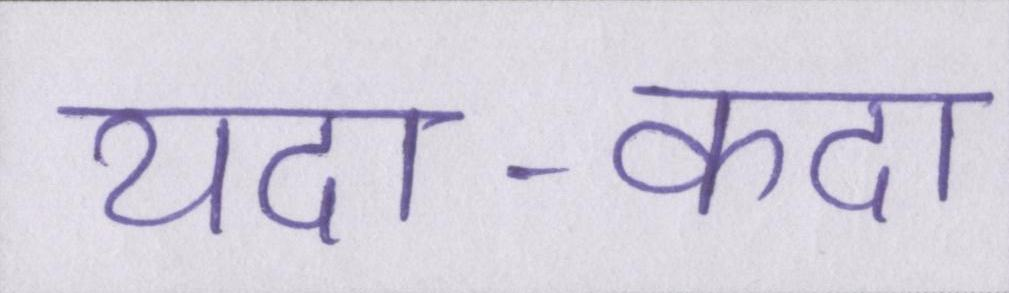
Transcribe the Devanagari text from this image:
यदा-कदा